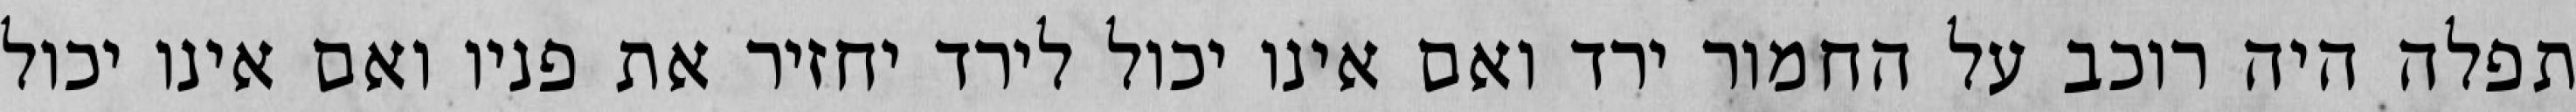
תפלה היה רוכב על החמור ירד ואם אינו יכול לירד יחזיר את פניו ואם אינו יכול